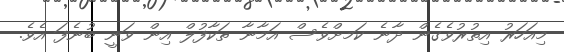
މިއަހަރު އިތުރުވެގެން ދާނެ ކަމށްވެސް އަމާނާ ތަކާފުލް އިން ވަނީ ބުނެފަ އެވެ.